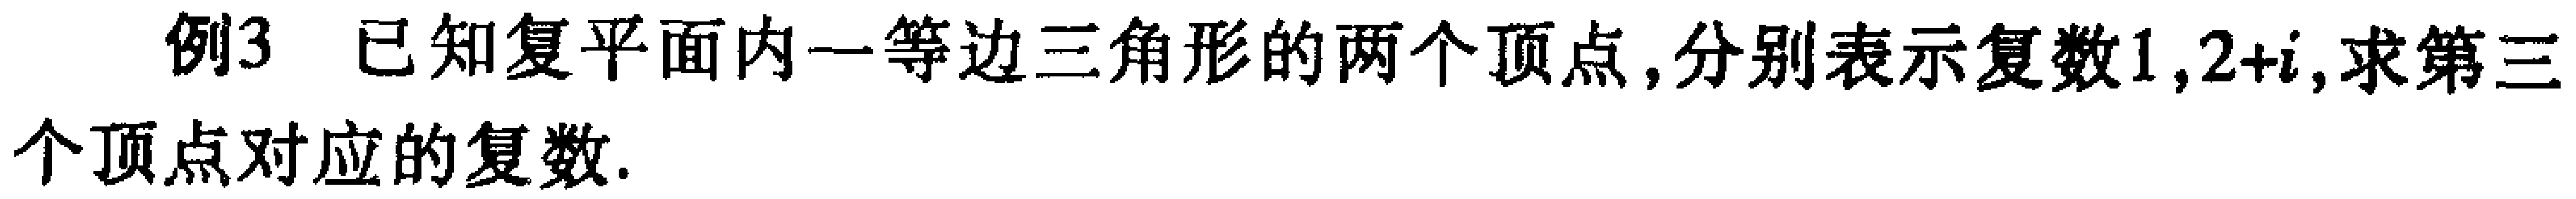
例3 已知复平面内一等边三角形的两个顶点，分别表示复数\(1,2 + i\)，求第三个顶点对应的复数.